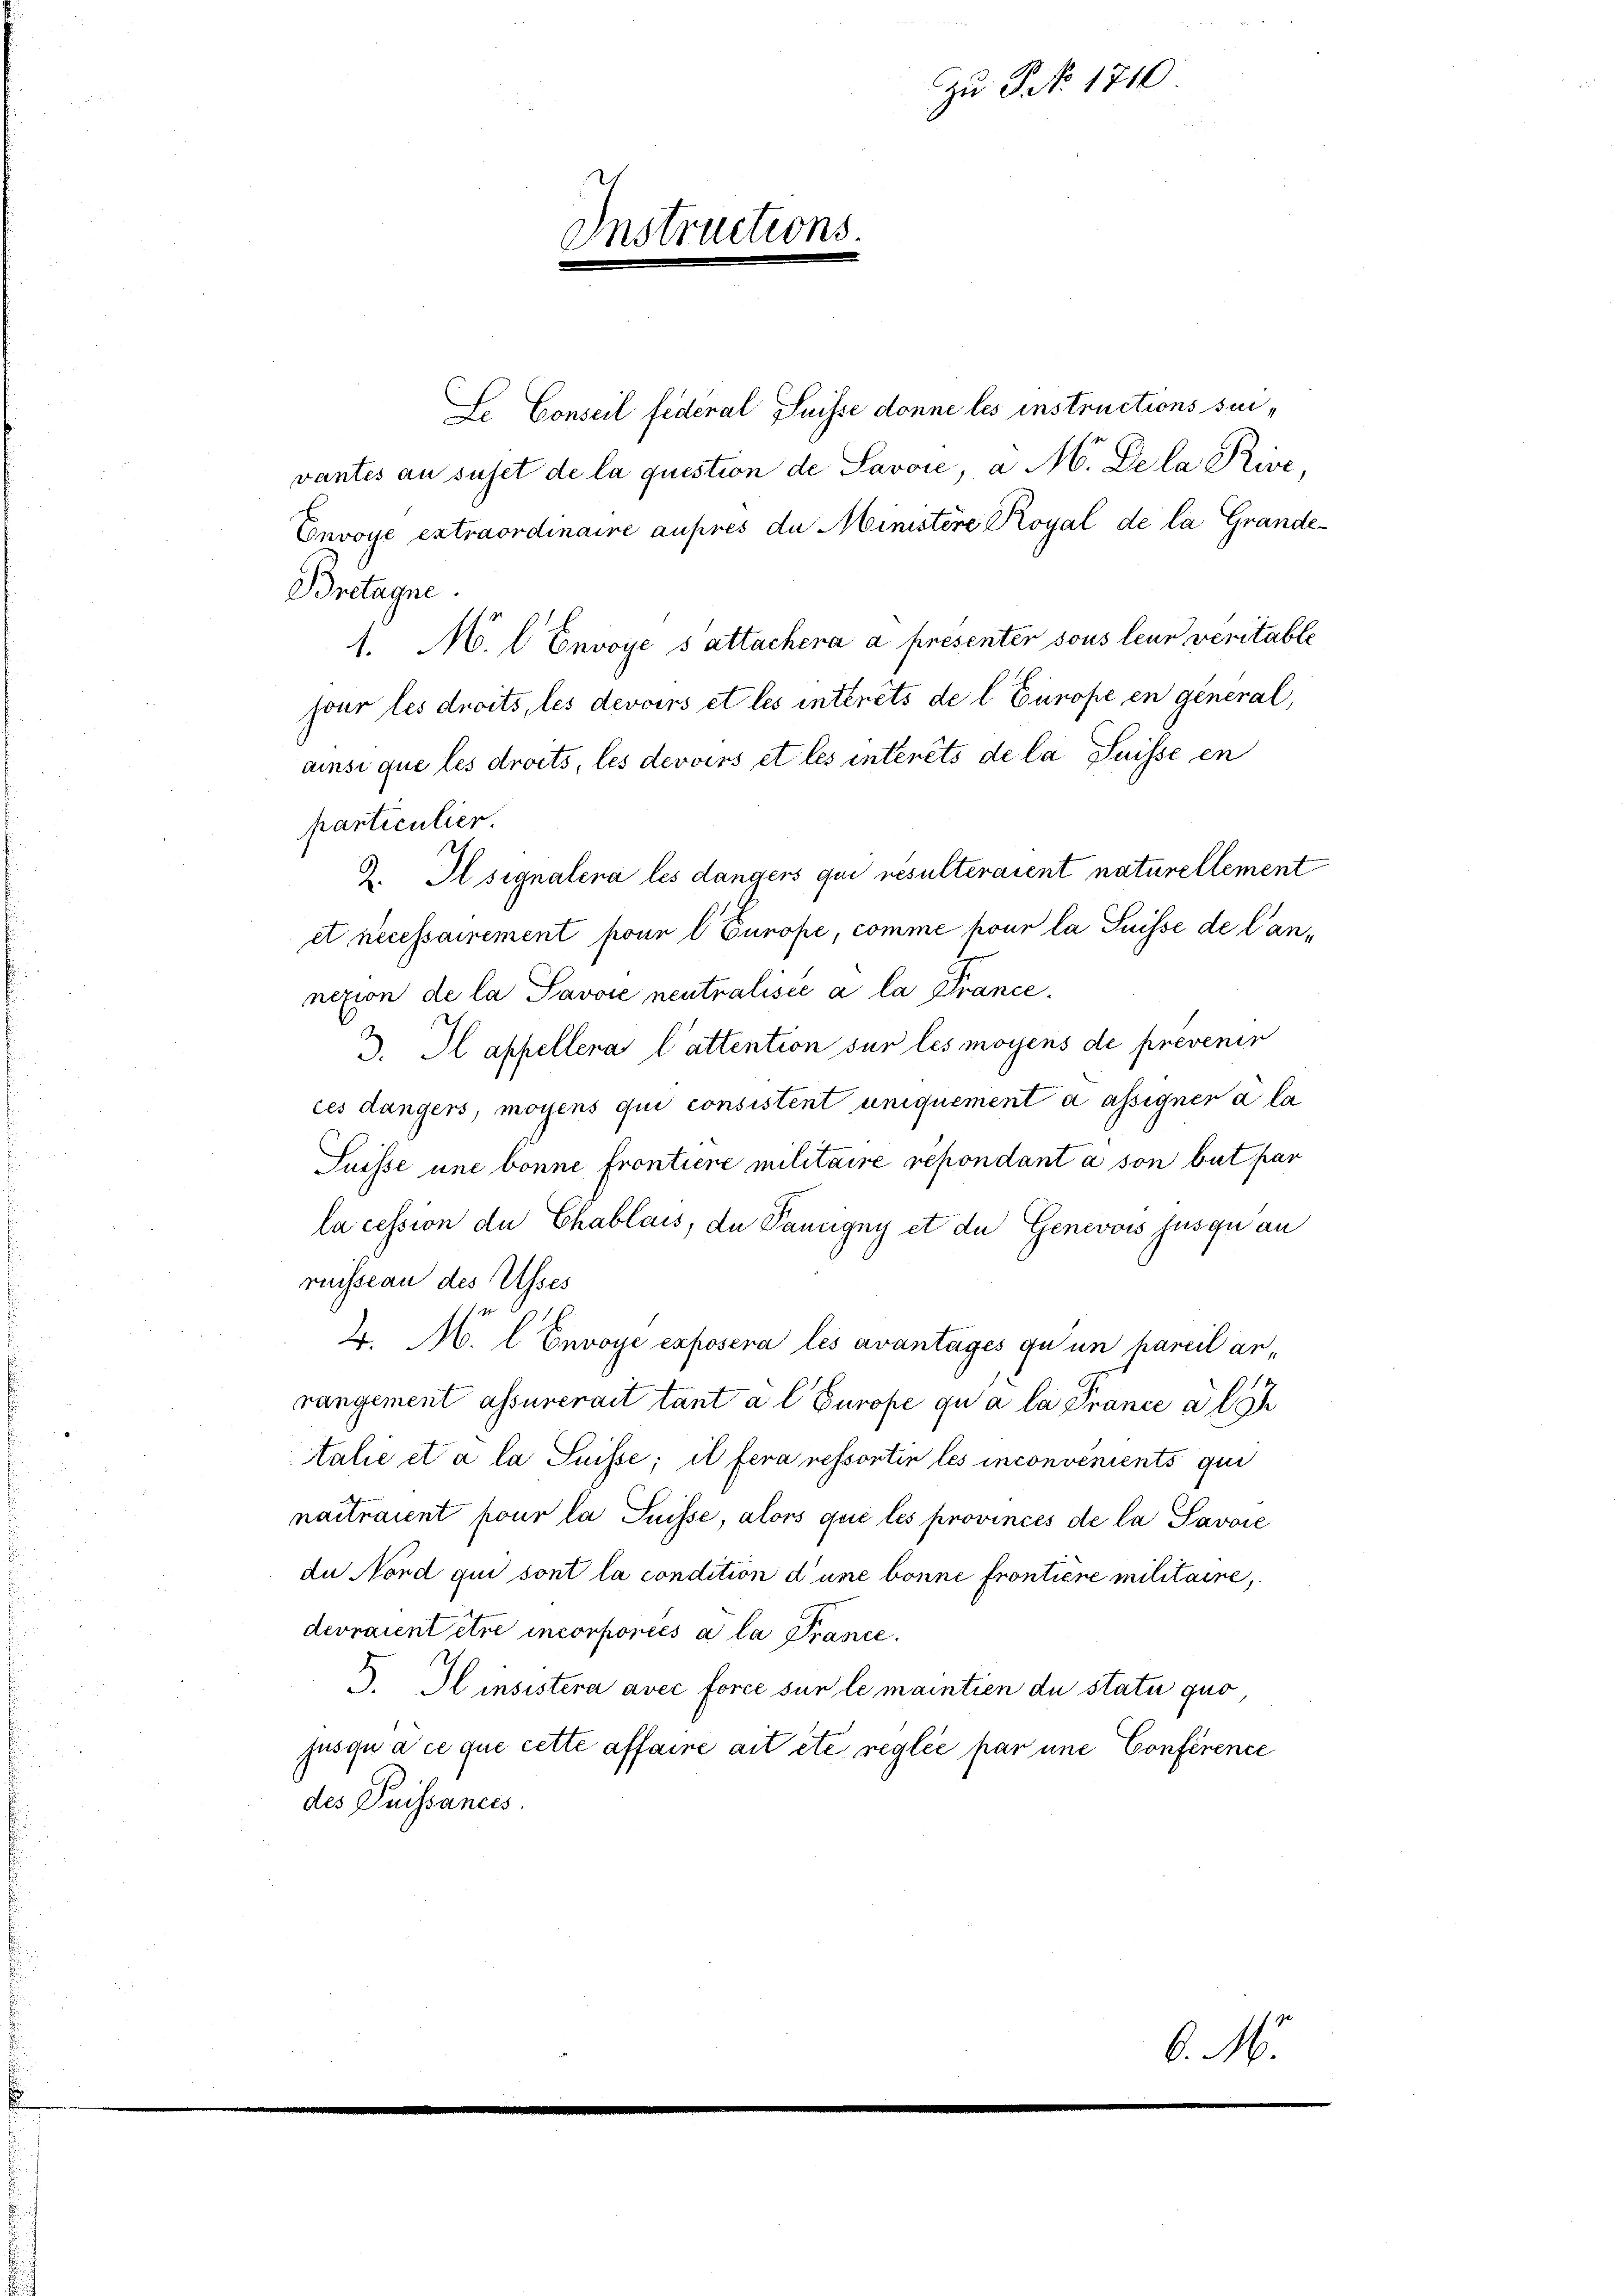
Instructions.

Zu P No 1710

Lo Conseil federal Suisse donne les instructions sui-
vantes an suset de la question de Savoie a M. Dela Kise
Envoye extraordinaire aufres de Ministere Royal de la Grande¬
Britagne.
1. M. l Envoye s attachera a presenter sous leur veritable
jour les droits, les devoirs et les interets de l Europe en general,
ainsi que les droits, les devoirs et les intérêts de la Suisse en
particulier.
3. Il signalena les dangers qui resulteraient naturellement
et necessairement pour l Europe, comme pour la Suisse de Cannexion de la Savore neutralisée à la France.
 Il appellera l’attention sur les moyens de prevenir
ces dangers, moyens qui consistent uniquement a assigner a la
Suisse une bonne frontiere militaire repondant à son but par
la cession du Chablais, du Pancigny et de Genevois jusquan
ruisseau des Asses
4. M. l Envoyé exposera les avantages qu un pareil arrangement assurerait tant a l Europe qu à la France a l
talie et à la Suisse; il fera ressortin les inconvenients qui
naitraient pour la Suisse, alors que les provinces de la Savoie
du Nord qui sont la condition d’une bonne frontiere militaire,
devraient être incorporiés a la France.
Ilinsistera avec force sur le maintien du statu quo
jusquace que cette affaire ait etc. reglée par une Conférence
des Puissances.
b. M.